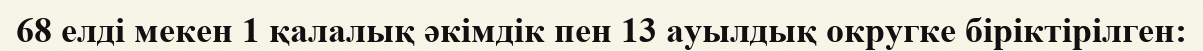
68 елді мекен 1 қалалық әкімдік пен 13 ауылдық округке біріктірілген: